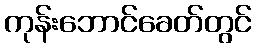
ကုန်းဘောင်ခေတ်တွင်